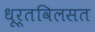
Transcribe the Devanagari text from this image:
धूर्तविलसत